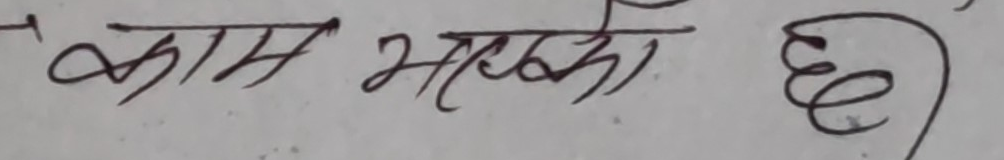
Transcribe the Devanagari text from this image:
काम भारीको छ